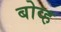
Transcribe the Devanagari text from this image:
बोव्ह